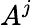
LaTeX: A^{j}